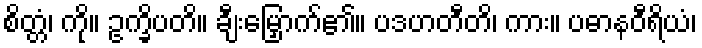
စိတ္တံ၊ ကို။ ဥက္ခိပတိ။ ချီးမြှောက်၏။ ပဒဟတီတိ၊ ကား။ ပဓာနဝီရိယံ၊